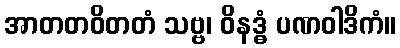
အာတတဝိတတံ သဗ္ဗ၊ ဝိနဒ္ဓံ ပဏဝါဒိကံ။